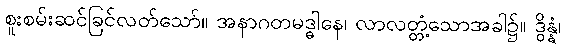
စူးစမ်းဆင်ခြင်လတ်သော်။ အနာဂတမဒ္ဓါနေ၊ လာလတ္တံ့သောအခါ၌။ ဒွိန္နံ၊